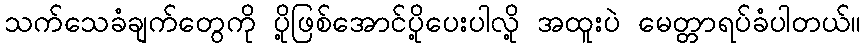
သက်သေခံချက်တွေကို ပို့ဖြစ်အောင်ပို့ပေးပါလို့ အထူးပဲ မေတ္တာရပ်ခံပါတယ်။